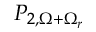
P _ { 2 , \Omega + \Omega _ { r } }